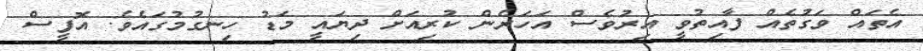
އެތައް ވަގުތެއް ފާއިތުވީ އިރުވެސް އަހަރެން ކުރިއަށް ދިޔައީ މަޑު ހިނގުމުގައެވެ. އޮފީސް